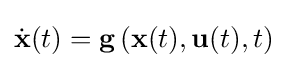
{\dot {\mathbf {x} }}(t)=\mathbf {g} \left(\mathbf {x} (t),\mathbf {u} (t),t\right)